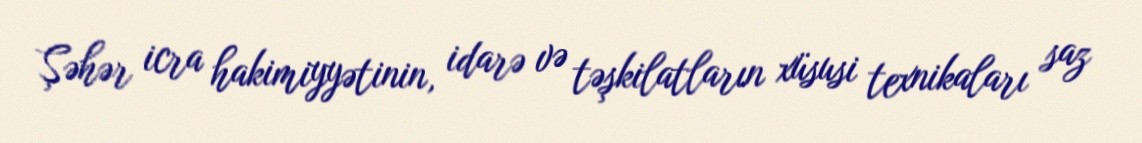
Şəhər icra hakimiyyətinin, idarə və təşkilatların xüsusi texnikaları saz